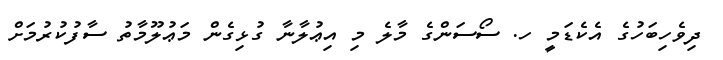
ދިވެހިބަހުގެ އެކެޑަމީ ހ. ސޯސަންގެ މާލެ މި އިޢުލާނާ ގުޅިގެން މަޢުލޫމާތު ސާފުކުރުމަށް